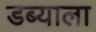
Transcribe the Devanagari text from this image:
डब्याला